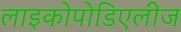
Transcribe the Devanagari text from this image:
लाइकोपोडिएलीज